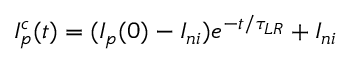
I _ { p } ^ { c } ( t ) = ( I _ { p } ( 0 ) - I _ { n i } ) e ^ { - t / \tau _ { L R } } + I _ { n i }